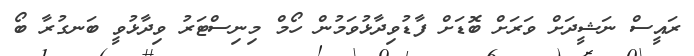
ރައީސް ނަޝީދަށް ވަރަށް ބޮޑަށް ފާޑުވިދާޅުވަމުން ހޯމް މިނިސްޓަރު ވިދާޅުވީ ބަނގުރާ ބޯ